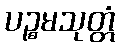
ပဉ္စမသုတ္တံ